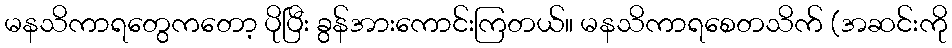
မနသိကာရတွေကတော့ ပိုပြီး ခွန်အားကောင်းကြတယ်။ မနသိကာရစေတသိက် (အဆင်းကို